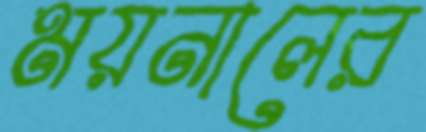
ময়নালের